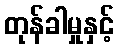
တုန်ခါမှုနှင့်